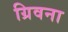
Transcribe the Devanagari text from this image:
ग्रिवना